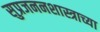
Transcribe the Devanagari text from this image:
सुप्रजननशास्त्राच्या